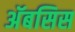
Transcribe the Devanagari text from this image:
अॅबसिस